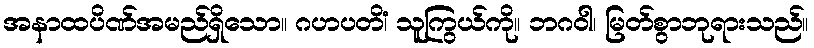
အနာထပိဏ်အမည်ရှိသော။ ဂဟပတိံ၊ သူကြွယ်ကို။ ဘဂဝါ၊ မြတ်စွာဘုရားသည်။